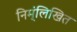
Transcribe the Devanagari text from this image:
निम्ंलिखित